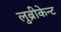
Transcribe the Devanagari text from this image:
लुब्रीकेन्ट